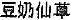
***